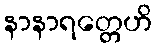
နာနာရတ္တေဟိ